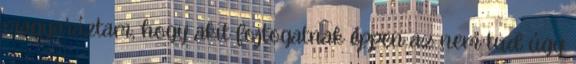
magyaráztam, hogy akit fojtogatnak éppen az nem tud úgy